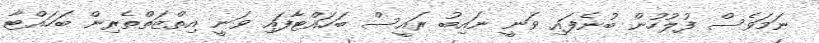
ނަމަވެސް ފުލުހުން ބުނެފައި ވަނީ ނައިބު ރައީސް ބަހައްޓާފައި ވަނީ އިތްޒަތްތެރިން ބަހައްޓާ